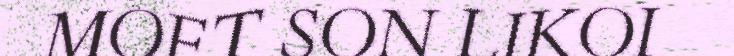
MOFT SON LIKOI